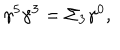
LaTeX: \gamma ^ { 5 } \gamma ^ { 3 } = \Sigma _ { 3 } \gamma ^ { 0 } ,